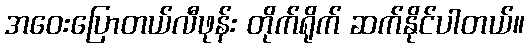
အဝေးပြောတယ်လီဖုန်း တိုက်ရိုက် ဆက်နိုင်ပါတယ်။